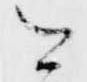
今